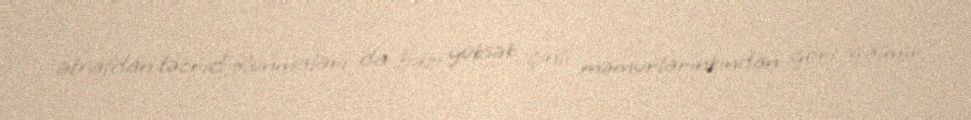
ətrafdan təcrid olunmaları da bəzi yüksək çinli məmurlarınkından geri qalmır.